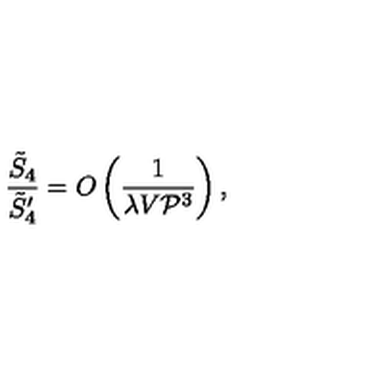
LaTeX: \frac { \tilde { S } _ { 4 } } { \tilde { S } _ { 4 } ^ { \prime } } = O \left( \frac { 1 } { \lambda V { \cal P } ^ { 3 } } \right) ,